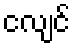
ငလျင်